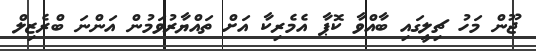
ޖޫން މަހު ޗިލީގައި ބާއްވާ ކޮޕާ އެމެރިކާ އަށް ތައްޔާރުވަމުން އަންނަ ބްރެޒިލް